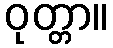
ဝုတ္တာ။